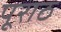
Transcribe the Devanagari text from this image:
पूराठ